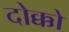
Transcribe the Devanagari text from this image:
दोक्को